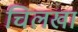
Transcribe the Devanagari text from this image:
चिलखा